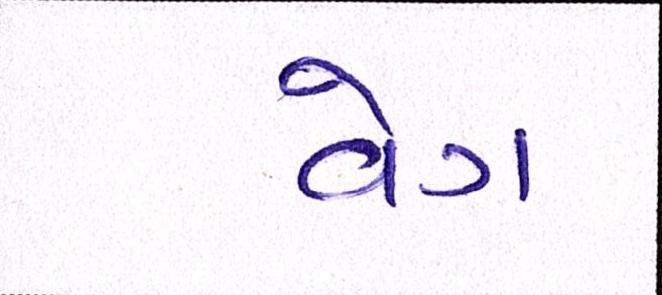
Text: વેગ